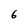
Character: 6